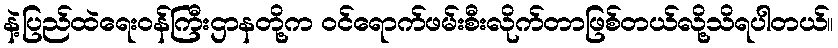
နဲ့ပြည်ထဲရေးဝန်ကြီးဌာနတို့က ဝင်ရောက်ဖမ်းစီးလိုက်တာဖြစ်တယ်လို့သိရပါတယ်။